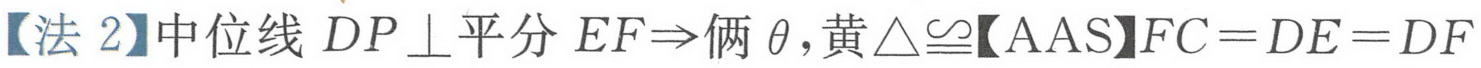
【法 2】中位线 \(DP\perp\)平分 \(EF\Rightarrow\)俩 \(\theta\)，黄\(\triangle\cong\)【AAS】\(FC = DE = DF\)